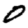
Digit: 0